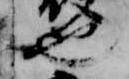
也